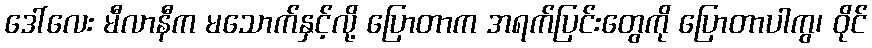
ဒေါ်လေး မီလာနီက မသောက်နှင့်လို့ ပြောတာက အရက်ပြင်းတွေကို ပြောတာပါကွ၊ ဝိုင်